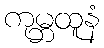
ကုမ္ဘထူနံ